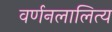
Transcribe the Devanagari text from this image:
वर्णनलालित्य